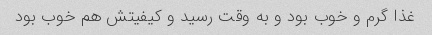
غذا گرم و خوب بود و به وقت رسید و کیفیتش هم خوب بود